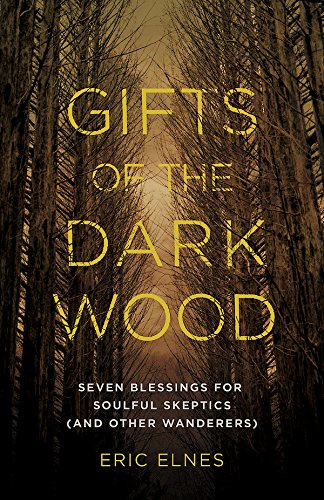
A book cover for Gifts of the Dark Wood: Seven Blessings for Soulful Skeptics (and Other Wanderers); Eric Elnes; Christian Books & Bibles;